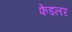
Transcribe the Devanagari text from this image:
फेडलर